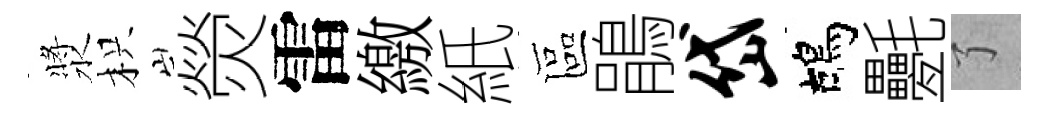
漿枳熒雷繳紙區鵑岱鴣氎了